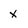
Character: x